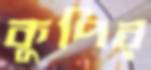
কুপির